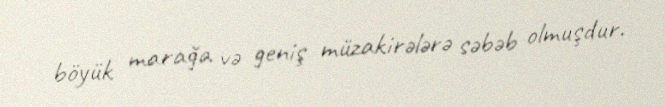
böyük marağa və geniş müzakirələrə səbəb olmuşdur.